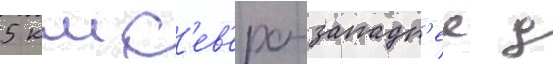
5 км с'ев'еро-западн'ее д